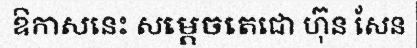
ឱកាសនេះ សម្តេចតេជោ ហ៊ុន សែន